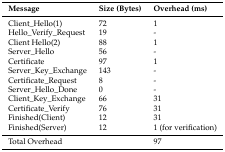
<table><thead><tr><td><b>Message</b></td><td><b>Size (Bytes)</b></td><td><b>Overhead (ms)</b></td></tr></thead><tbody><tr><td>Client_Hello(1)</td><td>72</td><td>1</td></tr><tr><td>Hello_Verify_Request</td><td>19</td><td>-</td></tr><tr><td>Client Hello(2)</td><td>88</td><td>1</td></tr><tr><td>Server_Hello</td><td>56</td><td>-</td></tr><tr><td>Certificate</td><td>97</td><td>1</td></tr><tr><td>Server_Key_Exchange</td><td>143</td><td>-</td></tr><tr><td>Certificate_Request</td><td>8</td><td>-</td></tr><tr><td>Server_Hello_Done</td><td>0</td><td>-</td></tr><tr><td>Client_Key_Exchange</td><td>66</td><td>31</td></tr><tr><td>Certificate_Verify</td><td>76</td><td>31</td></tr><tr><td>Finished(Client)</td><td>12</td><td>31</td></tr><tr><td>Finished(Server)</td><td>12</td><td>1 (for verification)</td></tr><tr><td>Total Overhead</td><td></td><td>97</td></tr></tbody></table>